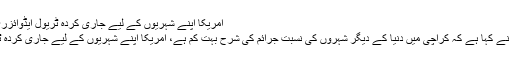
امریکا اپنے شہریوں کے لیے جاری کردہ ٹریول ایڈوائزری پر نظر ثانی کرے: گورنر سندھ -
کراچی: گورنر سندھ عمران اسماعیل نے کہا ہے کہ کراچی میں دنیا کے دیگر شہروں کی نسبت جرائم کی شرح بہت کم ہے، امریکا اپنے شہریوں کے لیے جاری کردہ ٹریول ایڈوائزری پر نظر ثانی کرے۔